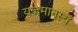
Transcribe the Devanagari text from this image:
यजमानस्य